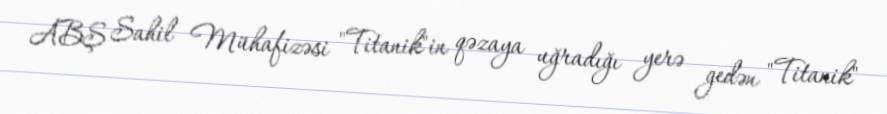
ABŞ Sahil Mühafizəsi "Titanik"in qəzaya uğradığı yerə gedən "Titanik"